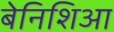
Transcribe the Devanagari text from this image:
बेनिशिआ